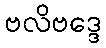
ဗလိဗဒ္ဒေ